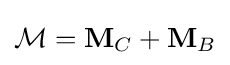
{\mathcal {M}}=\mathbf {M} _{C}+\mathbf {M} _{B}